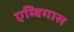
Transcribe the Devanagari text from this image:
एम्बिगास